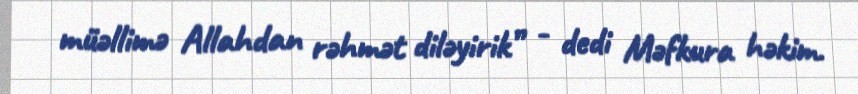
müəllimə Allahdan rəhmət diləyirik” - dedi Məfkura həkim.